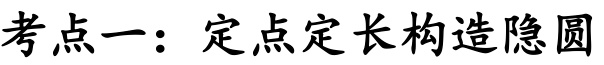
考点一：定点定长构造隐圆